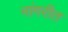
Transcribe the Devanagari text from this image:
नांगरीत